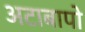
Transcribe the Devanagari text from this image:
अटाबापो